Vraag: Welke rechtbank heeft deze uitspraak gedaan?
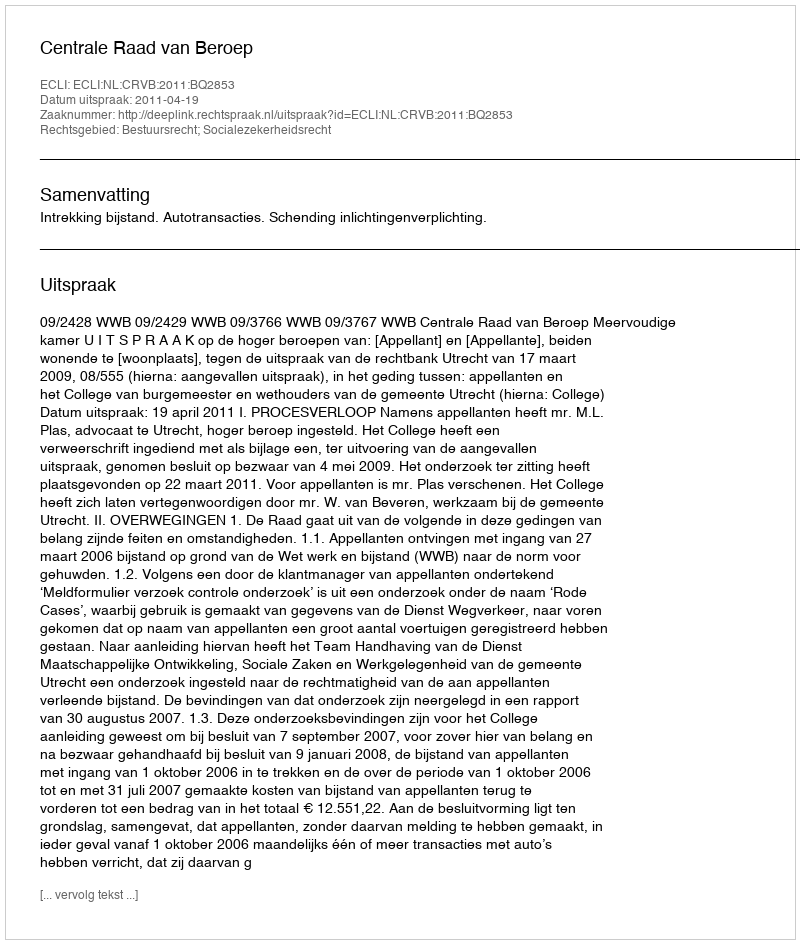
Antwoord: Centrale Raad van Beroep